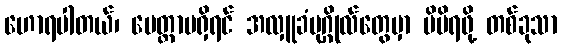
ဟောရပါတယ်၊ မေတ္တာမရှိရင် အလှူခံပုဂ္ဂိုလ်တွေမှာ မိမိရဖို့ တစ်ခုသာ